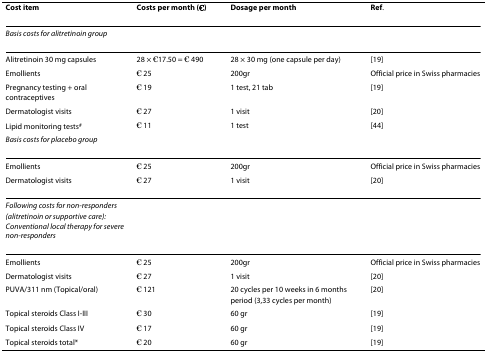
<table><thead><tr><td><b>Cost item</b></td><td><b>Costs per month (€)</b></td><td><b>Dosage per month</b></td><td><b>Ref.</b></td></tr></thead><tbody><tr><td><i>Basis costs for alitretinoin group</i></td><td>[EMPTY_CELL]</td><td>[EMPTY_CELL]</td><td>[EMPTY_CELL]</td></tr><tr><td>Alitretinoin 30 mg capsules</td><td>28 × €17.50 = € 490</td><td>28 × 30 mg (one capsule per day)</td><td>[19]</td></tr><tr><td>Emollients</td><td>€ 25</td><td>200gr</td><td>Official price in Swiss pharmacies</td></tr><tr><td>Pregnancy testing + oral contraceptives</td><td>€ 19</td><td>1 test, 21 tab</td><td>[19]</td></tr><tr><td>Dermatologist visits</td><td>€ 27</td><td>1 visit</td><td>[20]</td></tr><tr><td>Lipid monitoring tests<sup>#</sup></td><td>€ 11</td><td>1 test</td><td>[44]</td></tr><tr><td><i>Basis costs for placebo group</i></td><td>[EMPTY_CELL]</td><td>[EMPTY_CELL]</td><td>[EMPTY_CELL]</td></tr><tr><td>Emollients</td><td>€ 25</td><td>200gr</td><td>Official price in Swiss pharmacies</td></tr><tr><td>Dermatologist visits</td><td>€ 27</td><td>1 visit</td><td>[20]</td></tr><tr><td><i>Following costs for non-responders (alitretinoin or supportive care): Conventional local therapy for severe non-responders</i></td><td>[EMPTY_CELL]</td><td>[EMPTY_CELL]</td><td>[EMPTY_CELL]</td></tr><tr><td>Emollients</td><td>€ 25</td><td>200gr</td><td>Official price in Swiss pharmacies</td></tr><tr><td>Dermatologist visits</td><td>€ 27</td><td>1 visit</td><td>[20]</td></tr><tr><td>PUVA/311 nm (Topical/oral)</td><td>€ 121</td><td>20 cycles per 10 weeks in 6 months period (3,33 cycles per month)</td><td>[20]</td></tr><tr><td>Topical steroids Class I-III</td><td>€ 30</td><td>60 gr</td><td>[19]</td></tr><tr><td>Topical steroids Class IV</td><td>€ 17</td><td>60 gr</td><td>[19]</td></tr><tr><td>Topical steroids total*</td><td>€ 20</td><td>60 gr</td><td>[19]</td></tr></tbody></table>